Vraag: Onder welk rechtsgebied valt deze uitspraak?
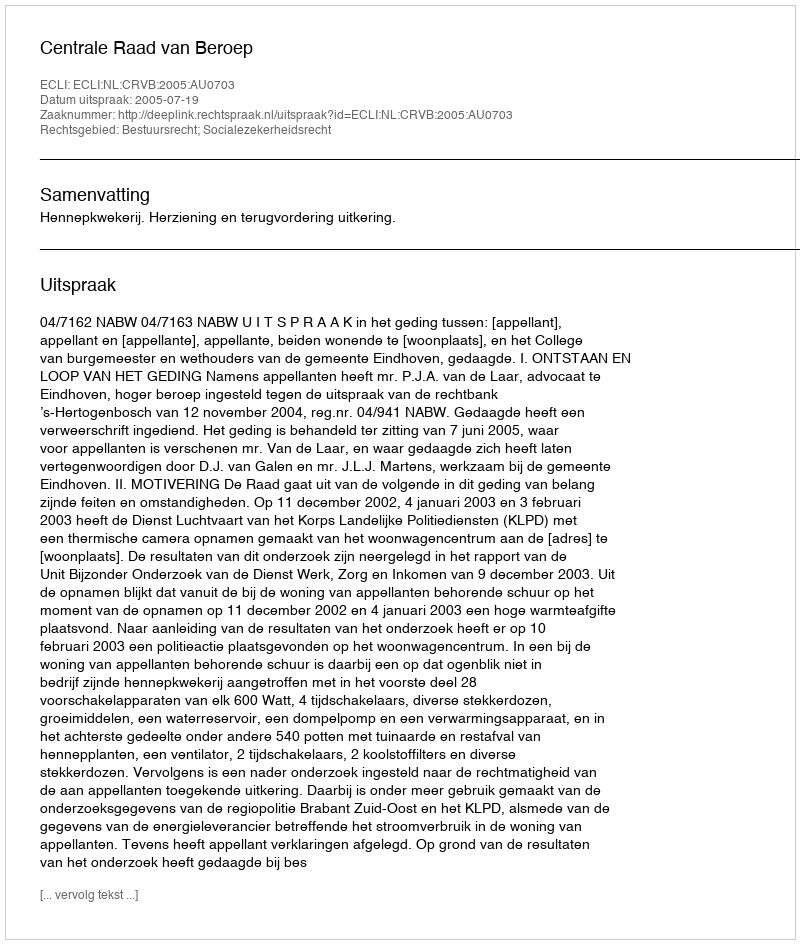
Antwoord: Bestuursrecht; Socialezekerheidsrecht